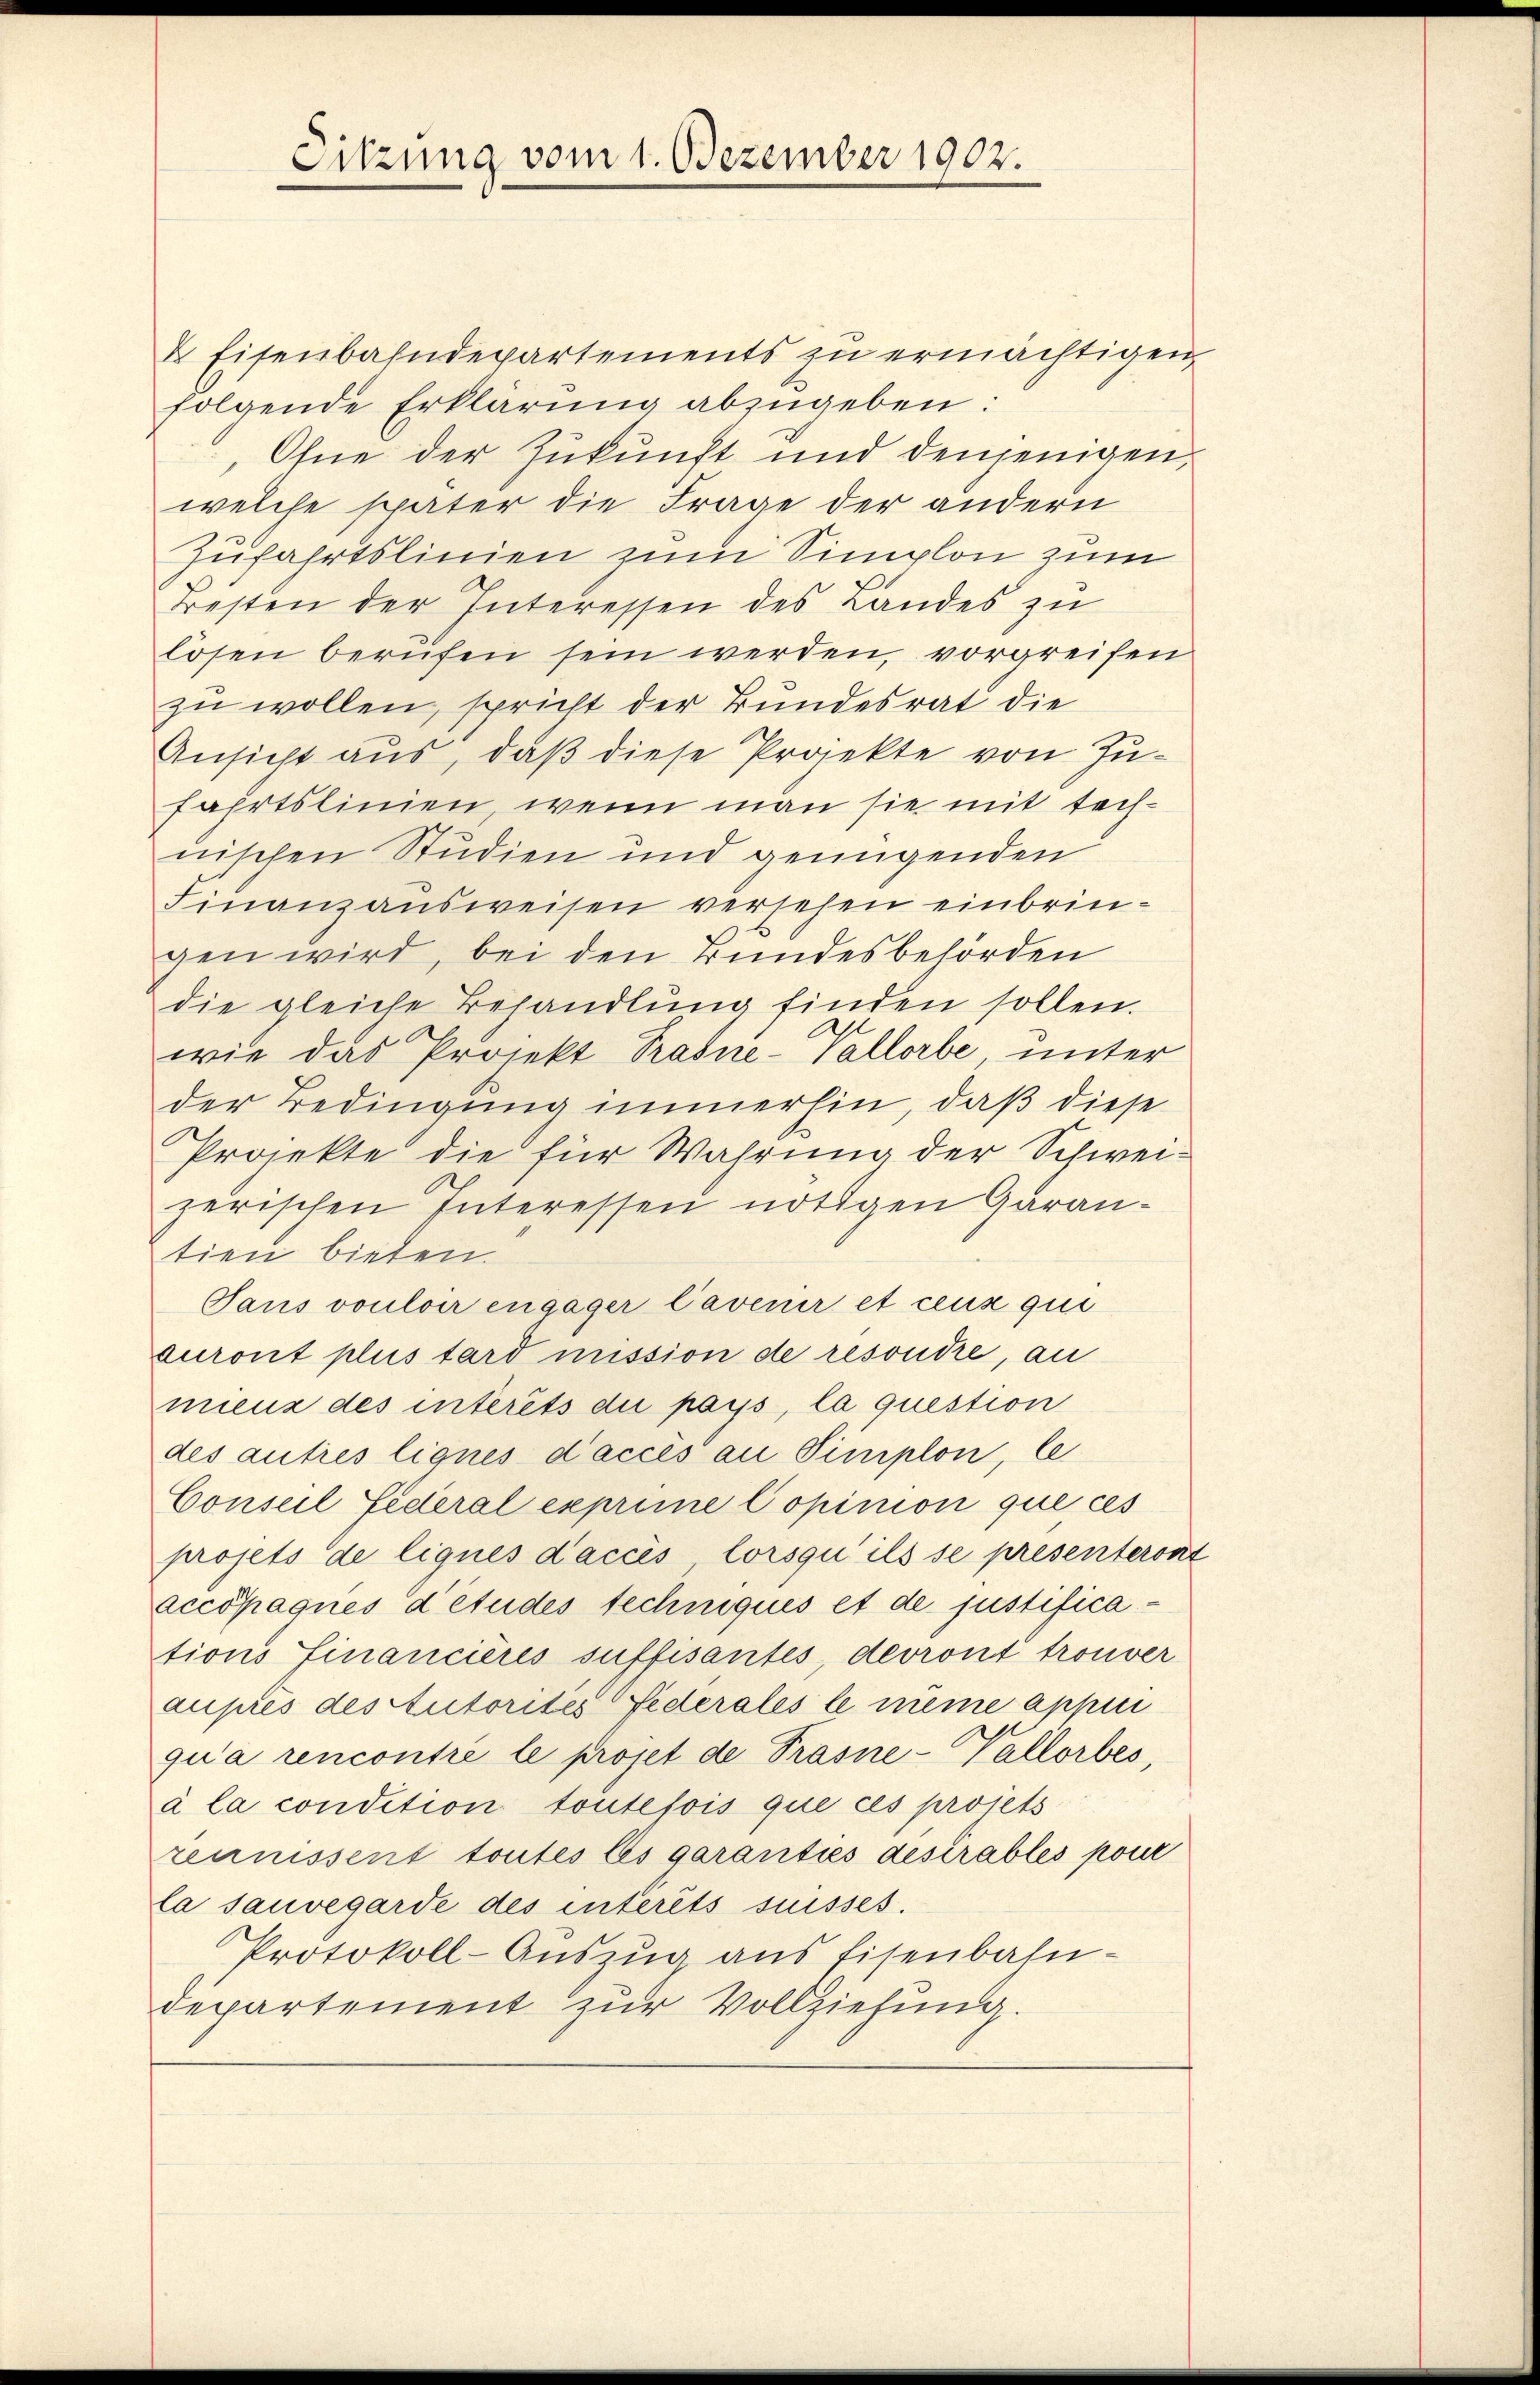
Sitzung vom 1. Dezember 1902.

Eisenbahndepartements zu ermächtigen,
folgende Erklärung abzugeben:
Ohne der Zukunft und denjenigen,
welche später die Frage der andern
Zufahrtslinien zum Simplon zum
Besten der Interessen des Landes zu
lösen berufen sein werden, vorgreifen
zu wollen, spricht der Bundesrat die
Ansicht aus, daß diese Projekte von Jufahrtslinien, wenn man sie mit technischen Studien und genügenden
Finanzausweisen versehen einbringen wird, bei den Bundesbehörden
die gleiche Behandlung finden sollen.
wie das Projekt Prasne-Vallorbe, unter
der Bedingung immerhin, daß diese
Projekte die für Wahrung der Schweizerischen Interessen nötigen Garan-
tien bieten.
Saus vouloir engager Cavenir et ceux qui
curont plus tard mission de resondre, an
mienz des intérêts die pays, la question
des autres lignes d’acces an Simplon, le
Conseil Federal exprime Copinion que ces
projets de lignes d’accis lorsqu’ ils se presenteront
accösagnes détudes techniqués et de justifications Financiers suffisantes, devront trouver
auprès des Autorités Federales le même appini
qua rencontre le projet de Prasne-Vallorbes,
à la condition toutefois que ces projets
rennissent toutes les garanties destrables pour
la sauvegarde des intérêts suisses.
Protokoll-Auszug aus Eisenbahn-
departement zur Vollziehung.